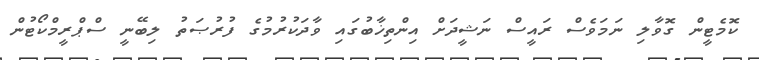
ކޮމެޓީން ގޮވާލި ނަމަވެސް ރައީސް ނަޝީދަށް އިންތިޚާބުގައި ވާދަކުރުމުގެ ފުރުޞަތު ލިބޭނީ ސްޕްރީމްކޯޓުން